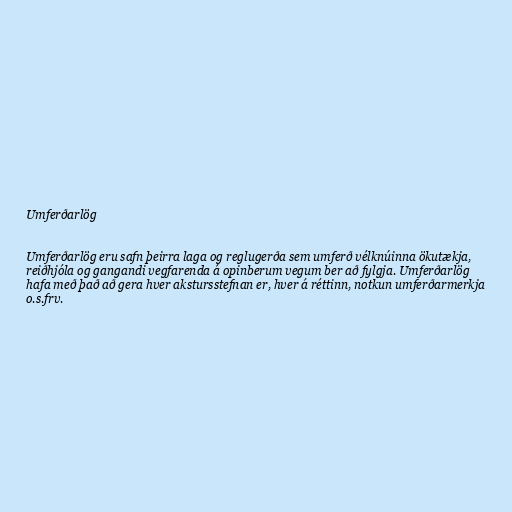
Umferðarlög

Umferðarlög eru safn þeirra laga og reglugerða sem umferð vélknúinna ökutækja,
reiðhjóla og gangandi vegfarenda á opinberum vegum ber að fylgja. Umferðarlög
hafa með það að gera hver akstursstefnan er, hver á réttinn, notkun umferðarmerkja
o.s.frv.